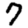
Digit: 7